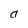
Character: a